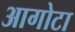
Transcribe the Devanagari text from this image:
आगोटा